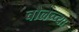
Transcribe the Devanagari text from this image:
चौलच्च्या